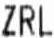
ZRL